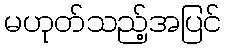
မဟုတ်သည့်အပြင်